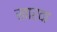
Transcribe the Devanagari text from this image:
खारवा